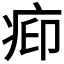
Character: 𬏥